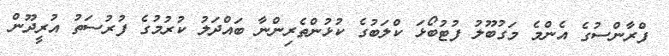
ފްރާންސުގެ އެންމެ މަގުބޫލު ފުޓުބޯޅަ ކްލަބުގެ ކުޅުންތެރިންނާ ބައްދަލު ކުރުމުގެ ފުރުސަތު އުރީދޫން